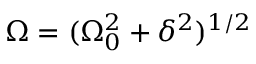
\Omega = ( \Omega _ { 0 } ^ { 2 } + \delta ^ { 2 } ) ^ { 1 / 2 }